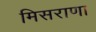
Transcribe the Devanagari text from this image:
मिसराणा